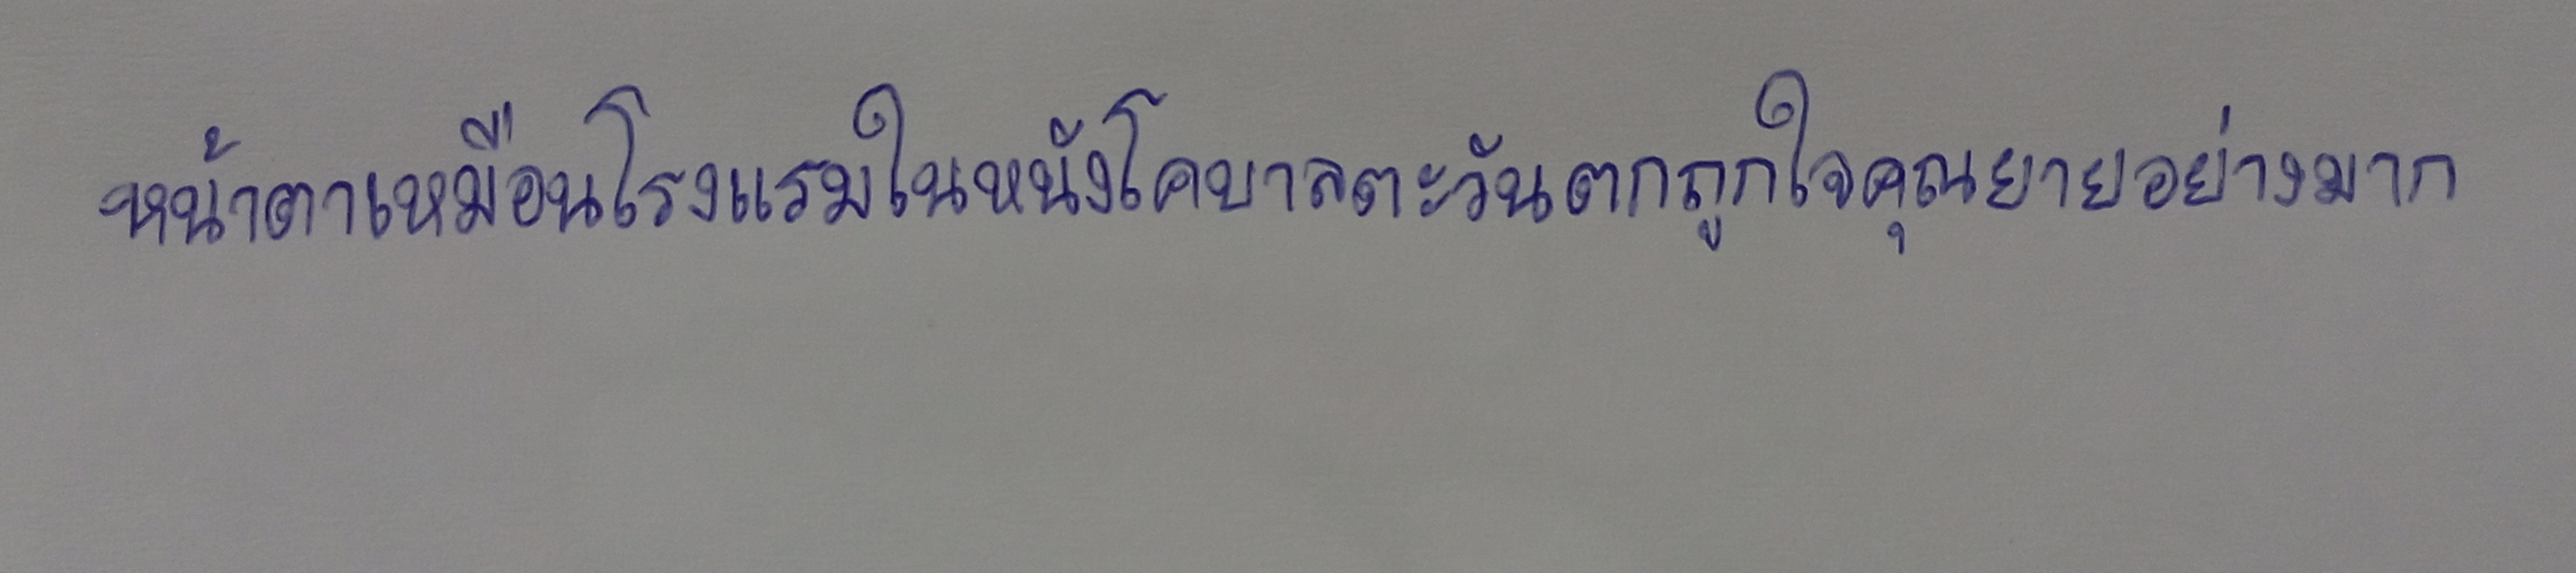
หน้าตาเหมือนโรงแรมในหนังโคบาลตะวันตกถูกใจคุณยายอย่างมาก